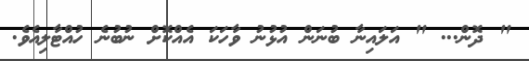
" ދޮން... " އަލައިނާ ބުނަން އުޅުނު ވާހަކަ އެއްކޮށް ނުބުނެ ހުއްޓާލިއެވެ.